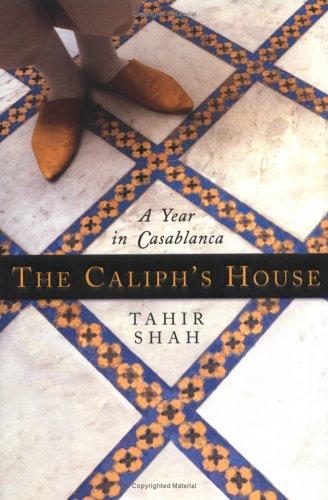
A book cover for The Caliph's House: A Year in Casablanca; Tahir Shah; Travel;